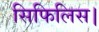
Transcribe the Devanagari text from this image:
सिफिलिस।